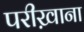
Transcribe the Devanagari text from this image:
परीख़ाना